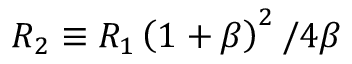
R _ { 2 } \equiv R _ { 1 } \left( 1 + \beta \right) ^ { 2 } / 4 \beta